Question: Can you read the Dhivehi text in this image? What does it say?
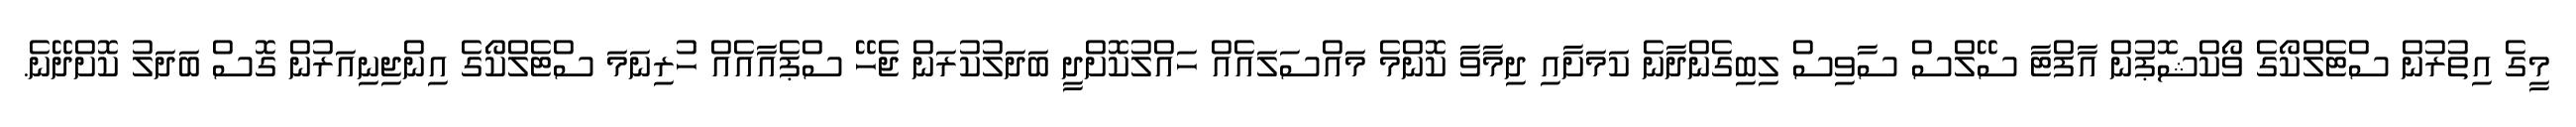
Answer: މީގެ އިތުރުން ސްޓެލްކޯގެ ވޯކްޝޮޕުން އާފްޓާ ސޭލްސް ސާވިސް ލިބިގެންދާނެ ކަމަށާއި ދިމާވާ ކޮންމެ މައްސަލައެއް ހައްލުކޮށްދީ ބަދަލުކުރަން ޖެހޭ ސްޕެއާއެއް ހުރިނަމަ ސްޓެލްކޯގެ އިންޖިނިއަރުން ގޮސް ބަދަލު ކޮށްދޭނެ.